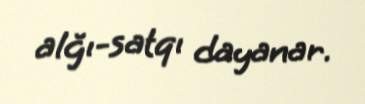
alğı-satqı dayanar.